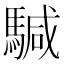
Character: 𩤥